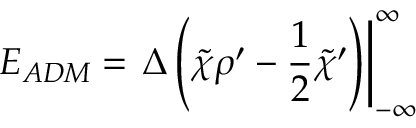
E _ { A D M } = \left. { \Delta } \left( \tilde { \chi } { \rho } ^ { \prime } - { \frac 1 2 } { \tilde { \chi } } ^ { \prime } \right) \right| _ { - \infty } ^ { \infty }